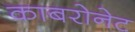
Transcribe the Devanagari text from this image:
काबरोनेट